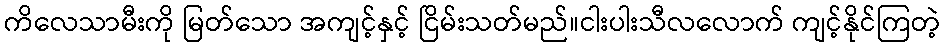
ကိလေသာမီးကို မြတ်သော အကျင့်နှင့် ငြိမ်းသတ်မည်။ငါးပါးသီလလောက် ကျင့်နိုင်ကြတဲ့